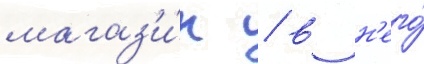
магаз'и́н / в н'его́